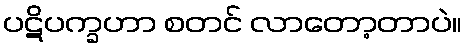
ပဋိပက္ခဟာ စတင် လာတော့တာပဲ။